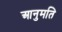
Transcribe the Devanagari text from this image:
आनुमति